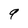
Character: 9